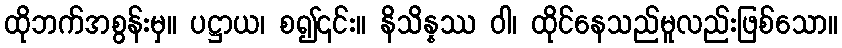
ထိုဘက်အစွန်းမှ။ ပဋ္ဌာယ၊ စ၍၎င်း။ နိသိန္နဿ ဝါ၊ ထိုင်နေသည်မူလည်းဖြစ်သော။